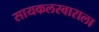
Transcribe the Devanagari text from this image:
सायकलस्वाराला